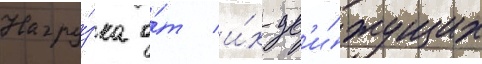
Нагру́зка о́т и́х дв'и́жущих